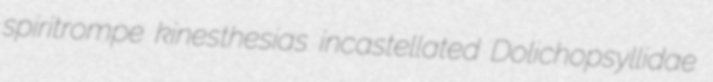
spiritrompe kinesthesias incastellated Dolichopsyllidae